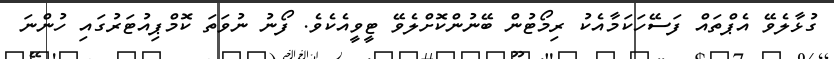
ގުޅާލެވޭ އެޕްތައް ފަސޭހަކަމާއެކު ރިމޯޓުން ބޭނުންކޮށްލެވޭ ޓީވީއެކެވެ. ފޯނު ނުވަތަ ކޮމްޕިއުޓަރުގައި ހުންނަ